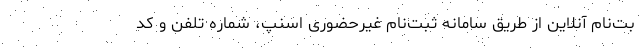
بت‌نام آنلاین از طریق سامانه ثبت‌نام غیرحضوری اسنپ، شماره تلفن و کد